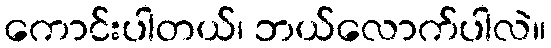
ကောင်းပါတယ်၊ ဘယ်လောက်ပါလဲ။